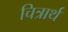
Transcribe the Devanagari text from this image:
चित्रार्थ